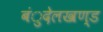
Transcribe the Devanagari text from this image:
बंुदेलखण्ड